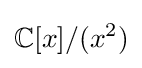
\mathbb {C} [x]/(x^{2})